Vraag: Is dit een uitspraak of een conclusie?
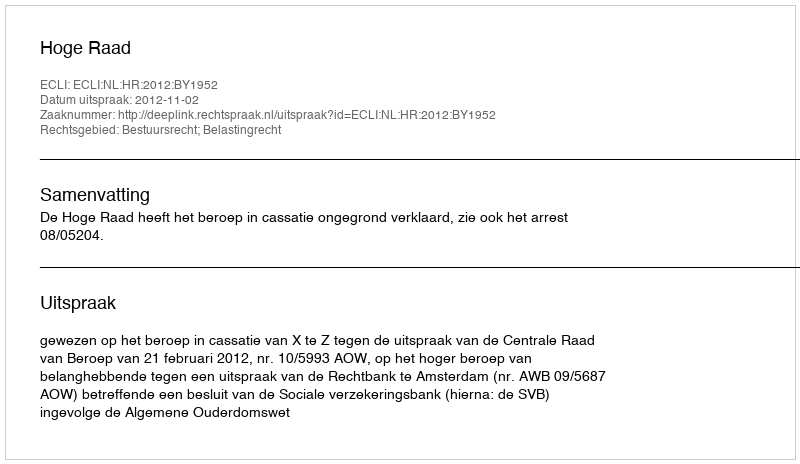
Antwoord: Uitspraak